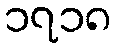
၁၇၁၈